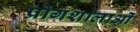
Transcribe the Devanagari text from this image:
प्रोगशालाओं